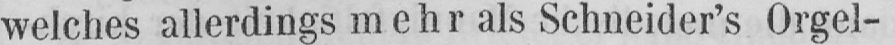
welches allerdings mehr als Schneider’s Orgel-